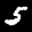
Label: 5